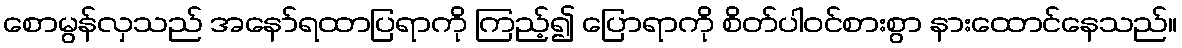
စောမွန်လှသည် အနော်ရထာပြရာကို ကြည့်၍ ပြောရာကို စိတ်ပါဝင်စားစွာ နားထောင်နေသည်။